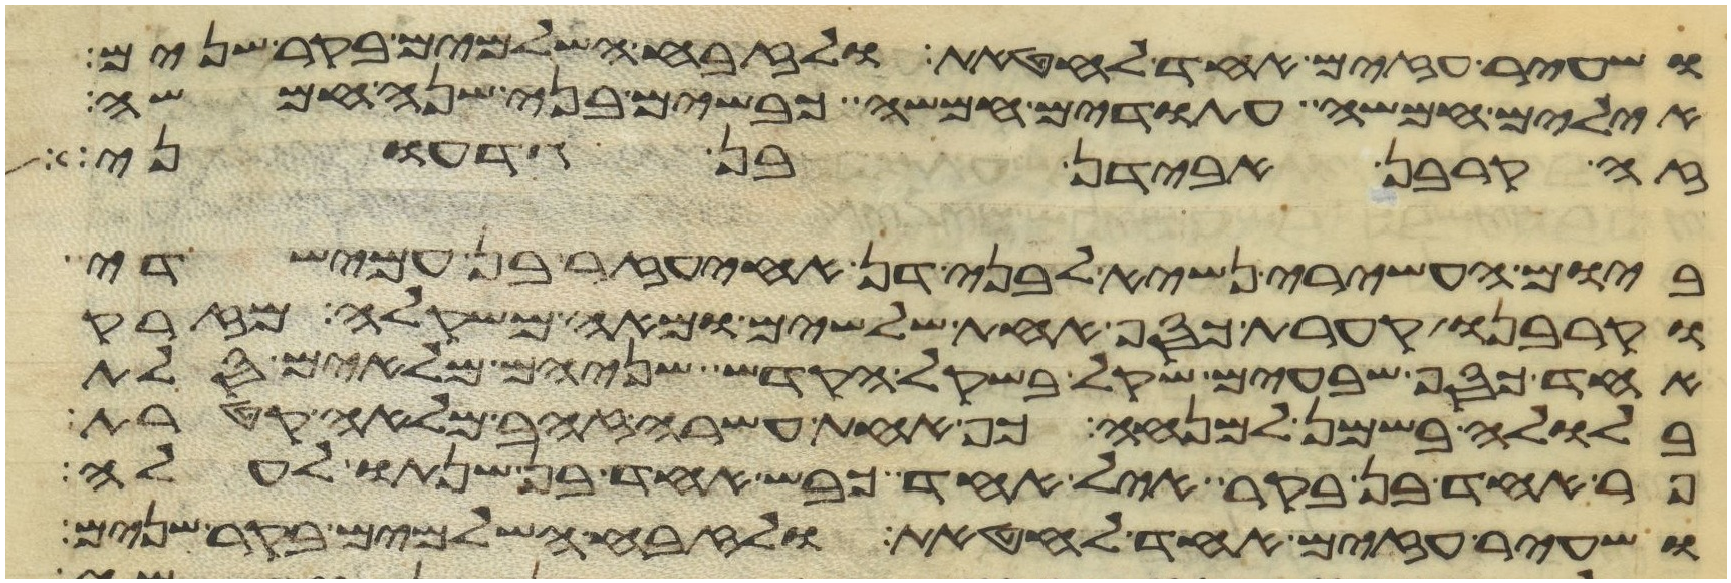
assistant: ושעיר עזים אחד לחטאת ולזבח השלמים בקר שנים
אילים חמשה עתודים חמשה כבשים בני שנה חמשה
זה קרבן אבידן בן גדעוני
ביום העשירי נשיא לבני דן אחיעזר בן עמישדי
וקרבנו קערת כסף אחת שלשים ומאה משקלה מזרק
אחד כסף שבעים שקל בשקל הקדש שניהם מלאים סלת
בלולה בשמן למנחה כף אחת עשרה זהב מלאה קטרת
פר אחד בן בקר איל אחד כבש אחד בן שנתו לעלה
ושעיר עזים אחד לחטאת ולזבח השלמים בקר שנים